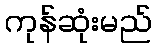
ကုန်ဆုံးမည်